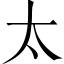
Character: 太